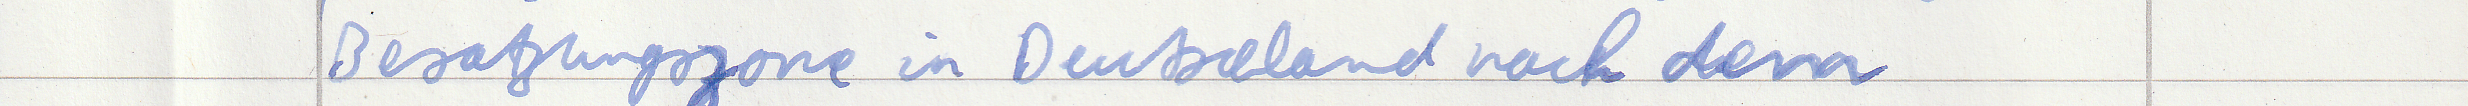
Besatzungszone in Deutschland nach dem